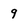
Character: 9